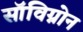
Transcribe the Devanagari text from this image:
सॉविग्नोन